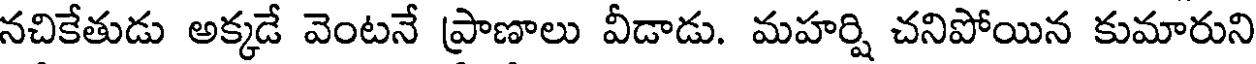
నచికేతుడు అక్కడే వెంటనే ప్రాణాలు వీడాడు. మహర్షి చనిపోయిన కుమారుని